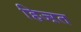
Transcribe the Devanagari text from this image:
हिज्ऱत